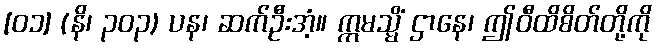
[၀၁] (နိ၊ ၃၀၃) ပန၊ ဆက်ဦးအံ့။ ဣမသ္မိံ ဌာနေ၊ ဤဝီထိစိတ်တို့ကို